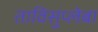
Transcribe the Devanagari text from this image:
ताविसुप्लेबा